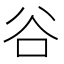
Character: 谷